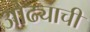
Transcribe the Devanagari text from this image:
ओढ्याची